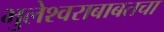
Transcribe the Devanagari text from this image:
भुलेश्वराबाबतचा